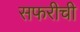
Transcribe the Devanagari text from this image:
सफरीची